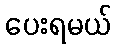
ပေးရမယ်